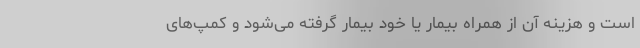
است و هزینه آن از همراه بیمار یا خود بیمار گرفته می‌شود و کمپ‌های